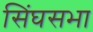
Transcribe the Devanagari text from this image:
सिंघसभा